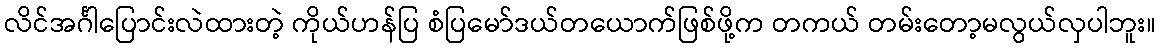
လိင်အင်္ဂါပြောင်းလဲထားတဲ့ ကိုယ်ဟန်ပြ စံပြမော်ဒယ်တယောက်ဖြစ်ဖို့က တကယ် တမ်းတော့မလွယ်လှပါဘူး။